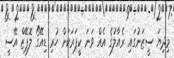
މިދިޔަ ސީޒަނުގައި ރެއާލުގެ އެއް ވަނަ ކީޕަރަކަށް ހުރި ޑިއޭގޯ ލޮޕޭޒް އޭސީ